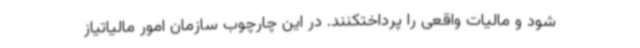
شود و مالیات واقعی را پرداختکنند. در این چارچوب سازمان امور مالیاتیاز